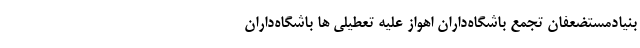
بنیادمستضعفان تجمع باشگاه‌داران اهواز علیه تعطیلی ها باشگاه‌داران